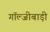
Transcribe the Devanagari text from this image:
गॉल्जीबाड़ी